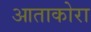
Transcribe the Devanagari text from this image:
आताकोरा